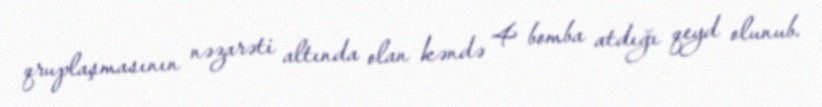
qruplaşmasının nəzarəti altında olan kəndə 4 bomba atdığı qeyd olunub.